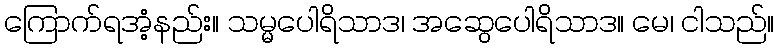
ကြောက်ရအံ့နည်း။ သမ္မပေါရိသာဒ၊ အဆွေပေါရိသာဒ။ မေ၊ ငါသည်။